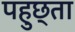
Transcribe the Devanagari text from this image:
पहुछ्ता